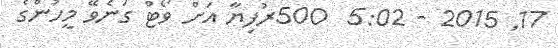
17